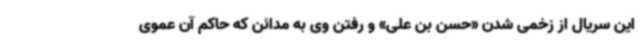
این سریال از زخمی شدن «حسن بن علی» و رفتن وی به مدائن که حاکم آن عموی